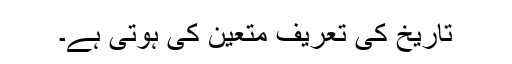
تاریخ کی تعریف متعین کی ہوتی ہے۔